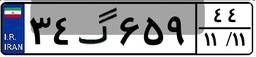
۸۷گ۶۵۶۵۰